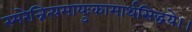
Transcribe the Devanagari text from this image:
स्मरेन्नित्यमायुःकामार्थसिद्धये।।